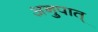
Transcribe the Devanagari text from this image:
अनुपात्